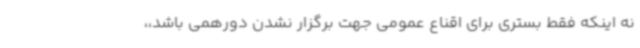
نه اینکه فقط بستری برای اقناع عمومی جهت برگزار نشدن دورهمی باشد،،